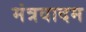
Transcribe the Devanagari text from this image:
मंत्रवादम